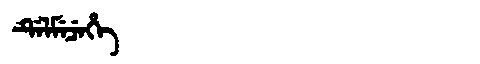
Manchu: ᡩᡝᠯᠮᡝᠴᡝᡥᡝ
Romanization: DELMECEHE